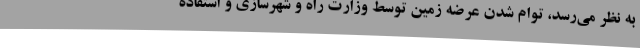
به نظر می‌رسد، توام شدن عرضه زمین توسط وزارت راه و شهرسازی و استفاده